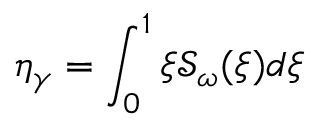
\eta _ { \gamma } = \int _ { 0 } ^ { 1 } \xi \mathcal { S } _ { \omega } ( \xi ) d \xi